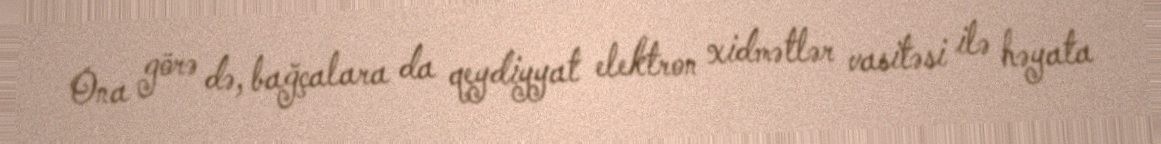
Ona görə də, bağçalara da qeydiyyat elektron xidmətlər vasitəsi ilə həyata